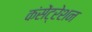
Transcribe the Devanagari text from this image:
कंसेंट्रेशन